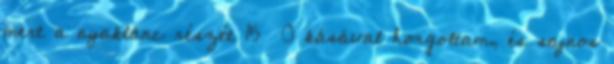
mert a nyaklánc részét 15 0 kásával horgoltam, és sajnos